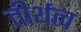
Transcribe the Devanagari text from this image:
तीर्थत्व